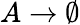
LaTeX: A\rightarrow\emptyset